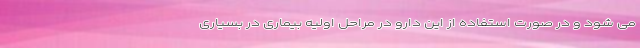
می شود و در صورت استفاده از این دارو در مراحل اولیه بیماری در بسیاری